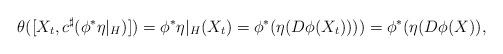
LaTeX: \begin{gather*} \theta([X_t,c^{\sharp}( \phi^* \eta \rvert_H)]) = \phi^*\eta \rvert_H(X_t) = \phi^*(\eta(D\phi(X_t)))) = \phi^*(\eta(D\phi(X)), \end{gather*}